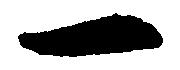
一